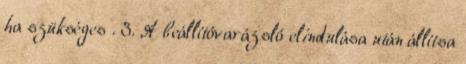
ha szükséges . 3. A beállítóvarázsló elindulása után állítsa